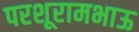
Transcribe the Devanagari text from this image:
परशूरामभाऊ